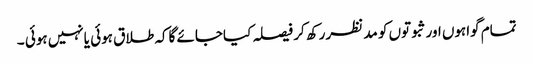
تمام گواہوں اورثبوتوں کو مد نظررکھ کر فیصلہ کیاجائے گاکہ طلاق ہوئی یانہیں ہوئی ۔